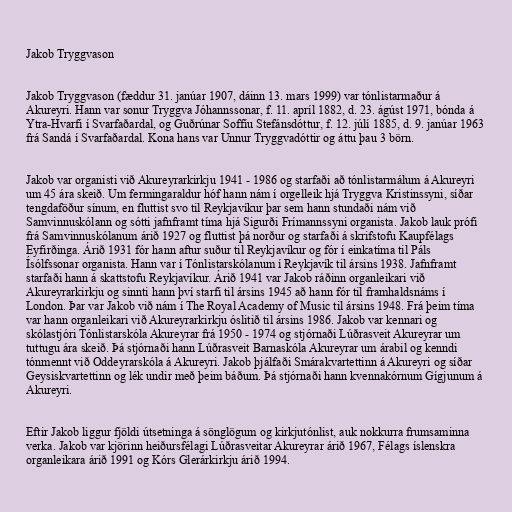
Jakob Tryggvason

Jakob Tryggvason (fæddur 31. janúar 1907, dáinn 13. mars 1999) var tónlistarmaður á
Akureyri. Hann var sonur Tryggva Jóhannssonar, f. 11. apríl 1882, d. 23. ágúst 1971, bónda á
Ytra-Hvarfi í Svarfaðardal, og Guðrúnar Soffíu Stefánsdóttur, f. 12. júlí 1885, d. 9. janúar 1963
frá Sandá í Svarfaðardal. Kona hans var Unnur Tryggvadóttir og áttu þau 3 börn.

Jakob var organisti við Akureyrarkirkju 1941 - ­1986 og starfaði að tónlistarmálum á Akureyri
um 45 ára skeið. Um fermingaraldur hóf hann nám í orgelleik hjá Tryggva Kristinssyni, síðar
tengdaföður sínum, en fluttist svo til Reykjavíkur þar sem hann stundaði nám við
Samvinnuskólann og sótti jafnframt tíma hjá Sigurði Frímannssyni organista. Jakob lauk prófi
frá Samvinnuskólanum árið 1927 og fluttist þá norður og starfaði á skrifstofu Kaupfélags
Eyfirðinga. Árið 1931 fór hann aftur suður til Reykjavíkur og fór í einkatíma til Páls
Ísólfssonar organista. Hann var í Tónlistarskólanum í Reykjavík til ársins 1938. Jafnframt
starfaði hann á skattstofu Reykjavíkur. Árið 1941 var Jakob ráðinn organleikari við
Akureyrarkirkju og sinnti hann því starfi til ársins 1945 að hann fór til framhaldsnáms í
London. Þar var Jakob við nám í The Royal Academy of Music til ársins 1948. Frá þeim tíma
var hann organleikari við Akureyrarkirkju óslitið til ársins 1986. Jakob var kennari og
skólastjóri Tónlistarskóla Akureyrar frá 1950 - ­1974 og stjórnaði Lúðrasveit Akureyrar um
tuttugu ára skeið. Þá stjórnaði hann Lúðrasveit Barnaskóla Akureyrar um árabil og kenndi
tónmennt við Oddeyrarskóla á Akureyri. Jakob þjálfaði Smárakvartettinn á Akureyri og síðar
Geysiskvartettinn og lék undir með þeim báðum. Þá stjórnaði hann kvennakórnum Gígjunum á
Akureyri.

Eftir Jakob liggur fjöldi útsetninga á sönglögum og kirkjutónlist, auk nokkurra frumsaminna
verka. Jakob var kjörinn heiðursfélagi Lúðrasveitar Akureyrar árið 1967, Félags íslenskra
organleikara árið 1991 og Kórs Glerárkirkju árið 1994.